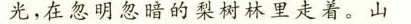
光，在忽明忽暗的梨树林里走着。山